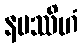
နမဿိဟံ